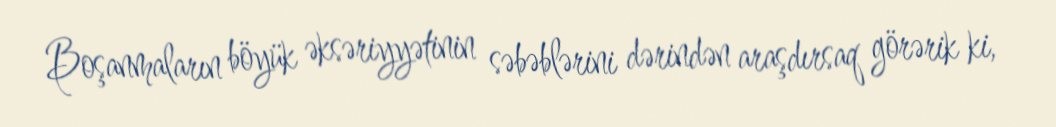
Boşanmaların böyük əksəriyyətinin səbəblərini dərindən araşdırsaq görərik ki,